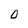
Character: O